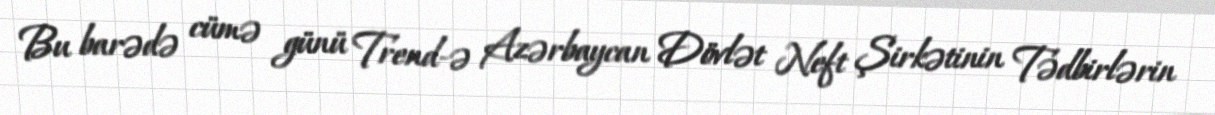
Bu barədə cümə günü Trend-ə Azərbaycan Dövlət Neft Şirkətinin Tədbirlərin